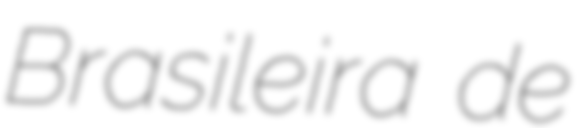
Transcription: Brasileira de